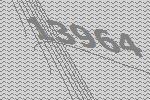
13964